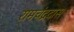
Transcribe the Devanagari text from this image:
रामचंद्रदास